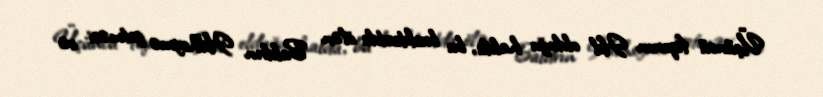
Üçüncü fiqurun Hel olduğu halda, bu brakteatda ölən Baldrın Helheymə getməsi və